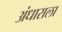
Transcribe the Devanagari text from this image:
अंधाराला